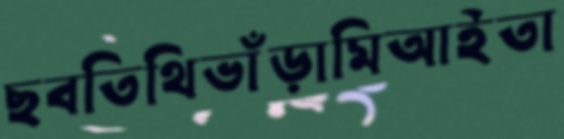
ছবতিথিভাঁড়ামিআইতা